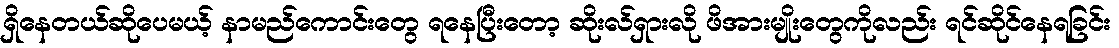
ရှိနေတယ်ဆိုပေမယ့် နာမည်ကောင်းတွေ ရနေပြီးတော့ ဆိုးလ်ရှားလို ဖိအားမျိုးတွေကိုလည်း ရင်ဆိုင်နေရခြင်း